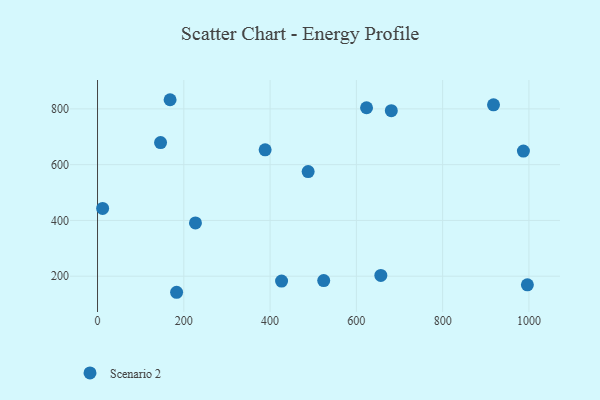
{"axis": {"x": "Distance", "y": "Fuel Efficiency"}, "legend": ["Scenario 2"], "data": [{"x": "681.0", "y": 793.6, "type": "Scenario 2"}, {"x": "623.6", "y": 804.1, "type": "Scenario 2"}, {"x": "996.4", "y": 169.2, "type": "Scenario 2"}, {"x": "183.3", "y": 142.4, "type": "Scenario 2"}, {"x": "388.5", "y": 653.1, "type": "Scenario 2"}, {"x": "524.3", "y": 184.4, "type": "Scenario 2"}, {"x": "227.0", "y": 391.2, "type": "Scenario 2"}, {"x": "488.2", "y": 575.1, "type": "Scenario 2"}, {"x": "426.6", "y": 182.4, "type": "Scenario 2"}, {"x": "146.1", "y": 679.4, "type": "Scenario 2"}, {"x": "656.7", "y": 203.0, "type": "Scenario 2"}, {"x": "11.8", "y": 443.2, "type": "Scenario 2"}, {"x": "917.9", "y": 814.7, "type": "Scenario 2"}, {"x": "168.2", "y": 832.9, "type": "Scenario 2"}, {"x": "987.2", "y": 648.9, "type": "Scenario 2"}]}